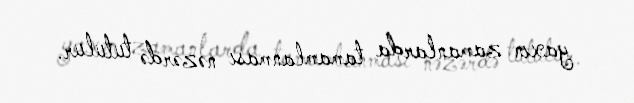
yaxın zamanlarda tamamlanması nəzərdə tutulur.